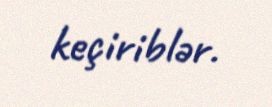
keçiriblər.